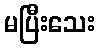
မပြီးသေး